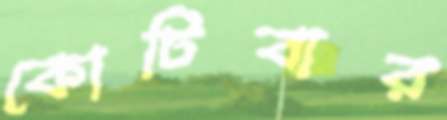
কোটিবার